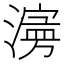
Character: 𱨾